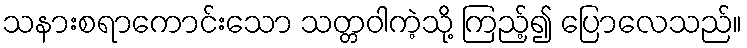
သနားစရာကောင်းသော သတ္တဝါကဲ့သို့ ကြည့်၍ ပြောလေသည်။